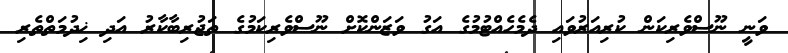
ވަނީ ނޫސްވެރިކަން ކުރިއަރުވައި ދެމެހެއްޓުމުގެ އަގު ވަޒަންކޮށް ނޫސްވެރިކަމުގެ ތަޖުރިބާކާރު އަދި ޚިދުމަތްތެރި